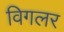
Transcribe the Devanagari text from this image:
विगलर